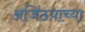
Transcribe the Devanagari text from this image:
अजिंठय़ाच्या